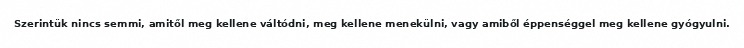
Szerintük nincs semmi, amitől meg kellene váltódni, meg kellene menekülni, vagy amiből éppenséggel meg kellene gyógyulni.